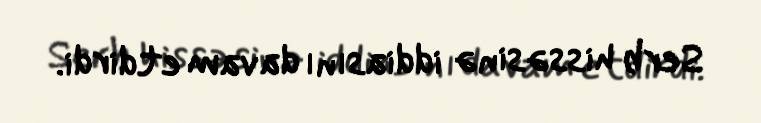
Serb hissəsinə iddiasını davam etdirdi.